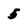
Character: 5